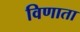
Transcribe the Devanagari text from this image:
विणाता